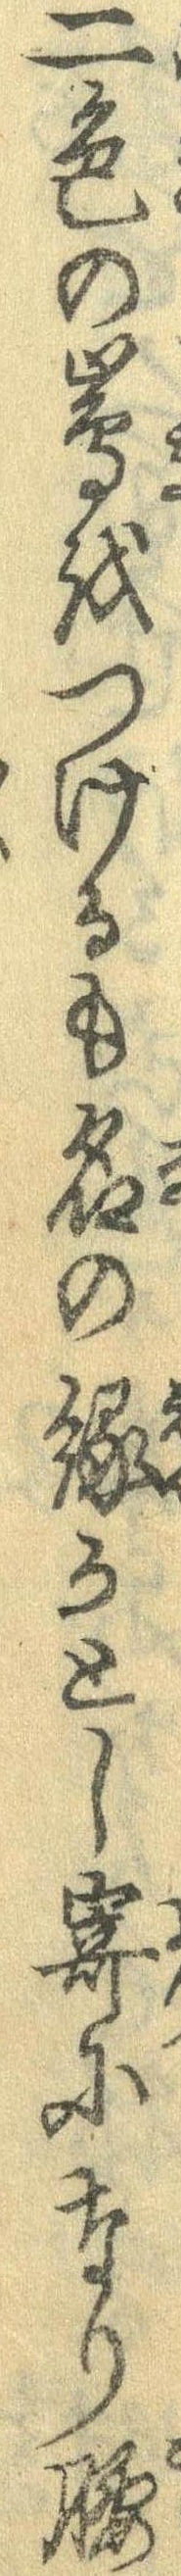
二色の島をつけるも名の縁かとし寄になり腰